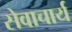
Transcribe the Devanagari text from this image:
सेवाचार्य